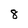
Character: 8